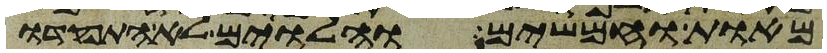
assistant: מאות וחמשים והלוים לא התפקדו